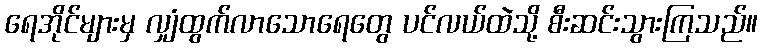
ရေအိုင်များမှ လျှံထွက်လာသောရေတွေ ပင်လယ်ထဲသို့ စီးဆင်းသွားကြသည်။